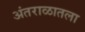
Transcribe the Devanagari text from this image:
अंतराळातला